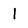
Character: 1